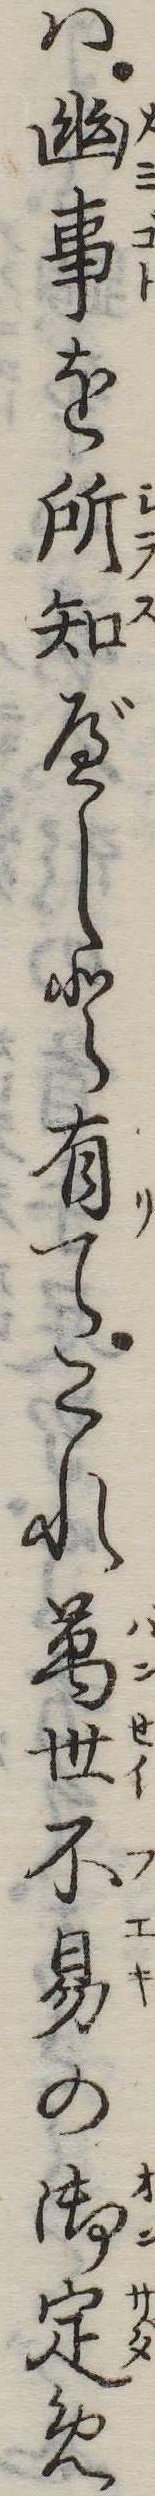
は幽事を所知べしと有てこれ万世不易の御定め